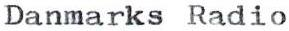
Danmarks Radio